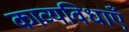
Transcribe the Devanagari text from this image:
काव्यविधाएँ